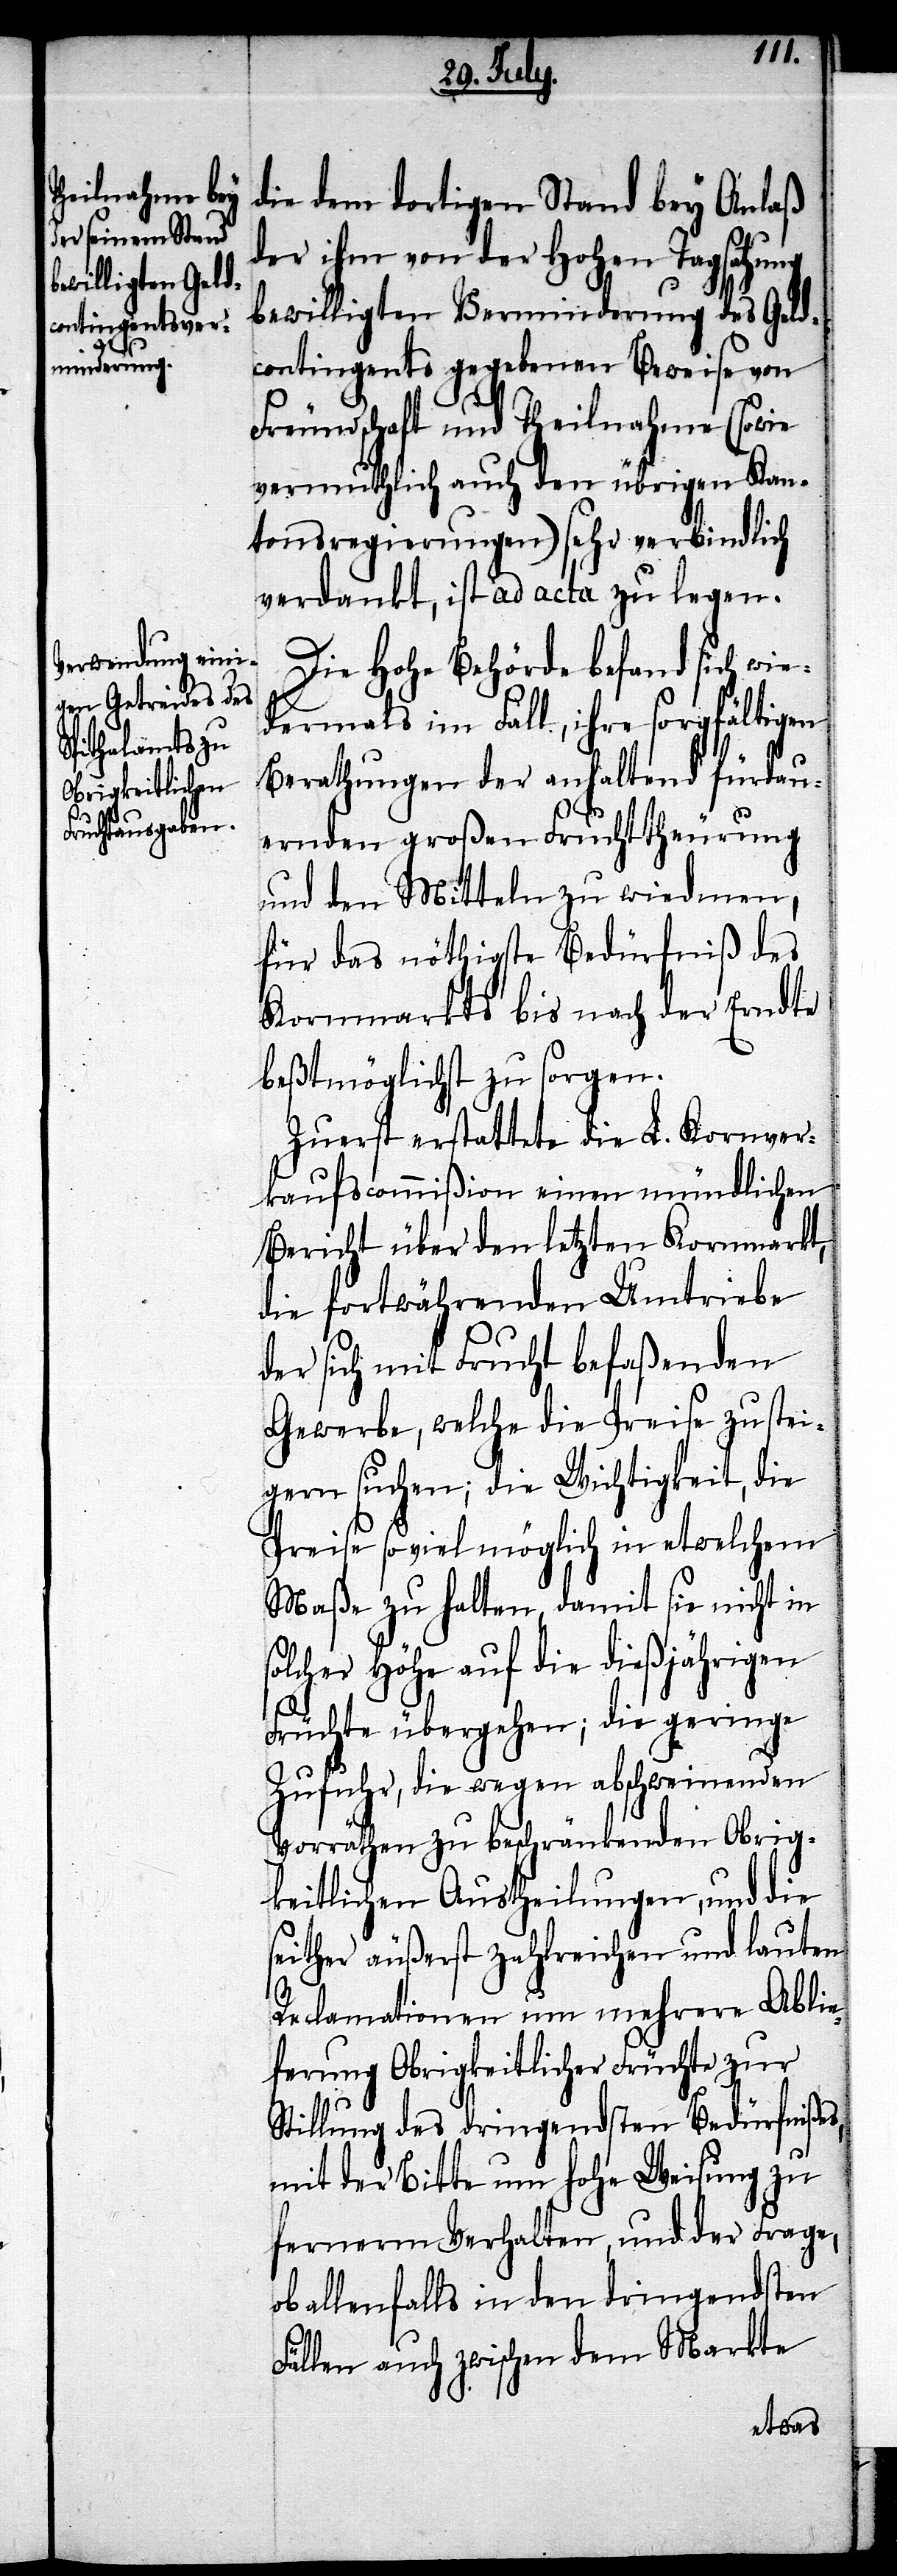
so¬
die dem dortigen Stand bey Anlaß
der ihm von der Hohen Tagsatzung
bewilligten Verminderung des Geld¬
contingents gegebenen Beweise von
Freundschaft und Theilnahme (sowie
vermuthlich auch den übrigen Kan¬
tonsregierungen) sehr verbindlich
verdankt, ist ad acta zu legen.
Die Hohe Behörde befand sich wie¬
dermals im Fall, ihre sorgfältigen
Berathungen der anhaltend fürdau¬
ernden großen Fruchttheurung
und den Mitteln zu wiedmen,
für das nöthigste Bedürfniß des
Kornmarkts bis nach der Erndte
beßtmöglichst zu sorgen.
Zuerst erstattete die L. Kornver¬
kaufscommißion einen mündlichen
Bericht über den letzten Kornmarkt,
die fortwährenden Umtriebe
der sich mit Frucht befaßenden
Gewerbe, welche die Preise zu stei¬
gern suchen; die Wichtigkeit, die
Preise so viel möglich in etwelchem
Maße zu halten, damit sie nicht in
lcher Höhe auf die dießjährigen
Früchte übergehen; die geringe
Zufuhr, die wegen abschweinenden
Vorräthen zu beschränkenden Obrig¬
keitlichen Austheilungen, und die
seither äußerst zahlreichen und lauten
Reclamationen um mehrere Abli¬
eferung Obrigkeitlicher Früchte zur
Stillung des dringendsten Bedürfnißes,
mit der Bitte um hohe Weisung zu
fernerm Verhalten, und der Frage,
ob allenfalls in den dringendsten
Fällen auch zwischen dem Markte